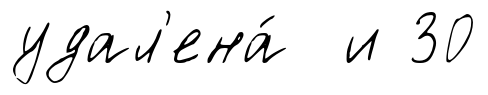
удал'ена́ и 30